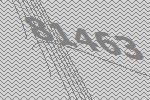
81463